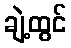
ချဲ့ထွင်